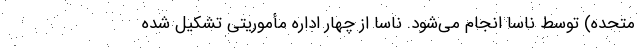
متحده) توسط ناسا انجام می‌شود. ناسا از چهار اداره مأموریتی تشکیل شده